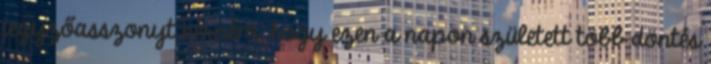
jegyzőasszonyt kérném, hogy ezen a napon született több döntés